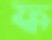
ফ